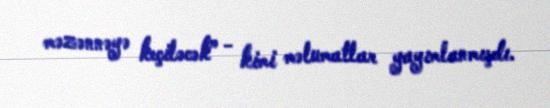
məzənnəyə keçiləcək” - kimi məlumatlar yayımlanmışdı.